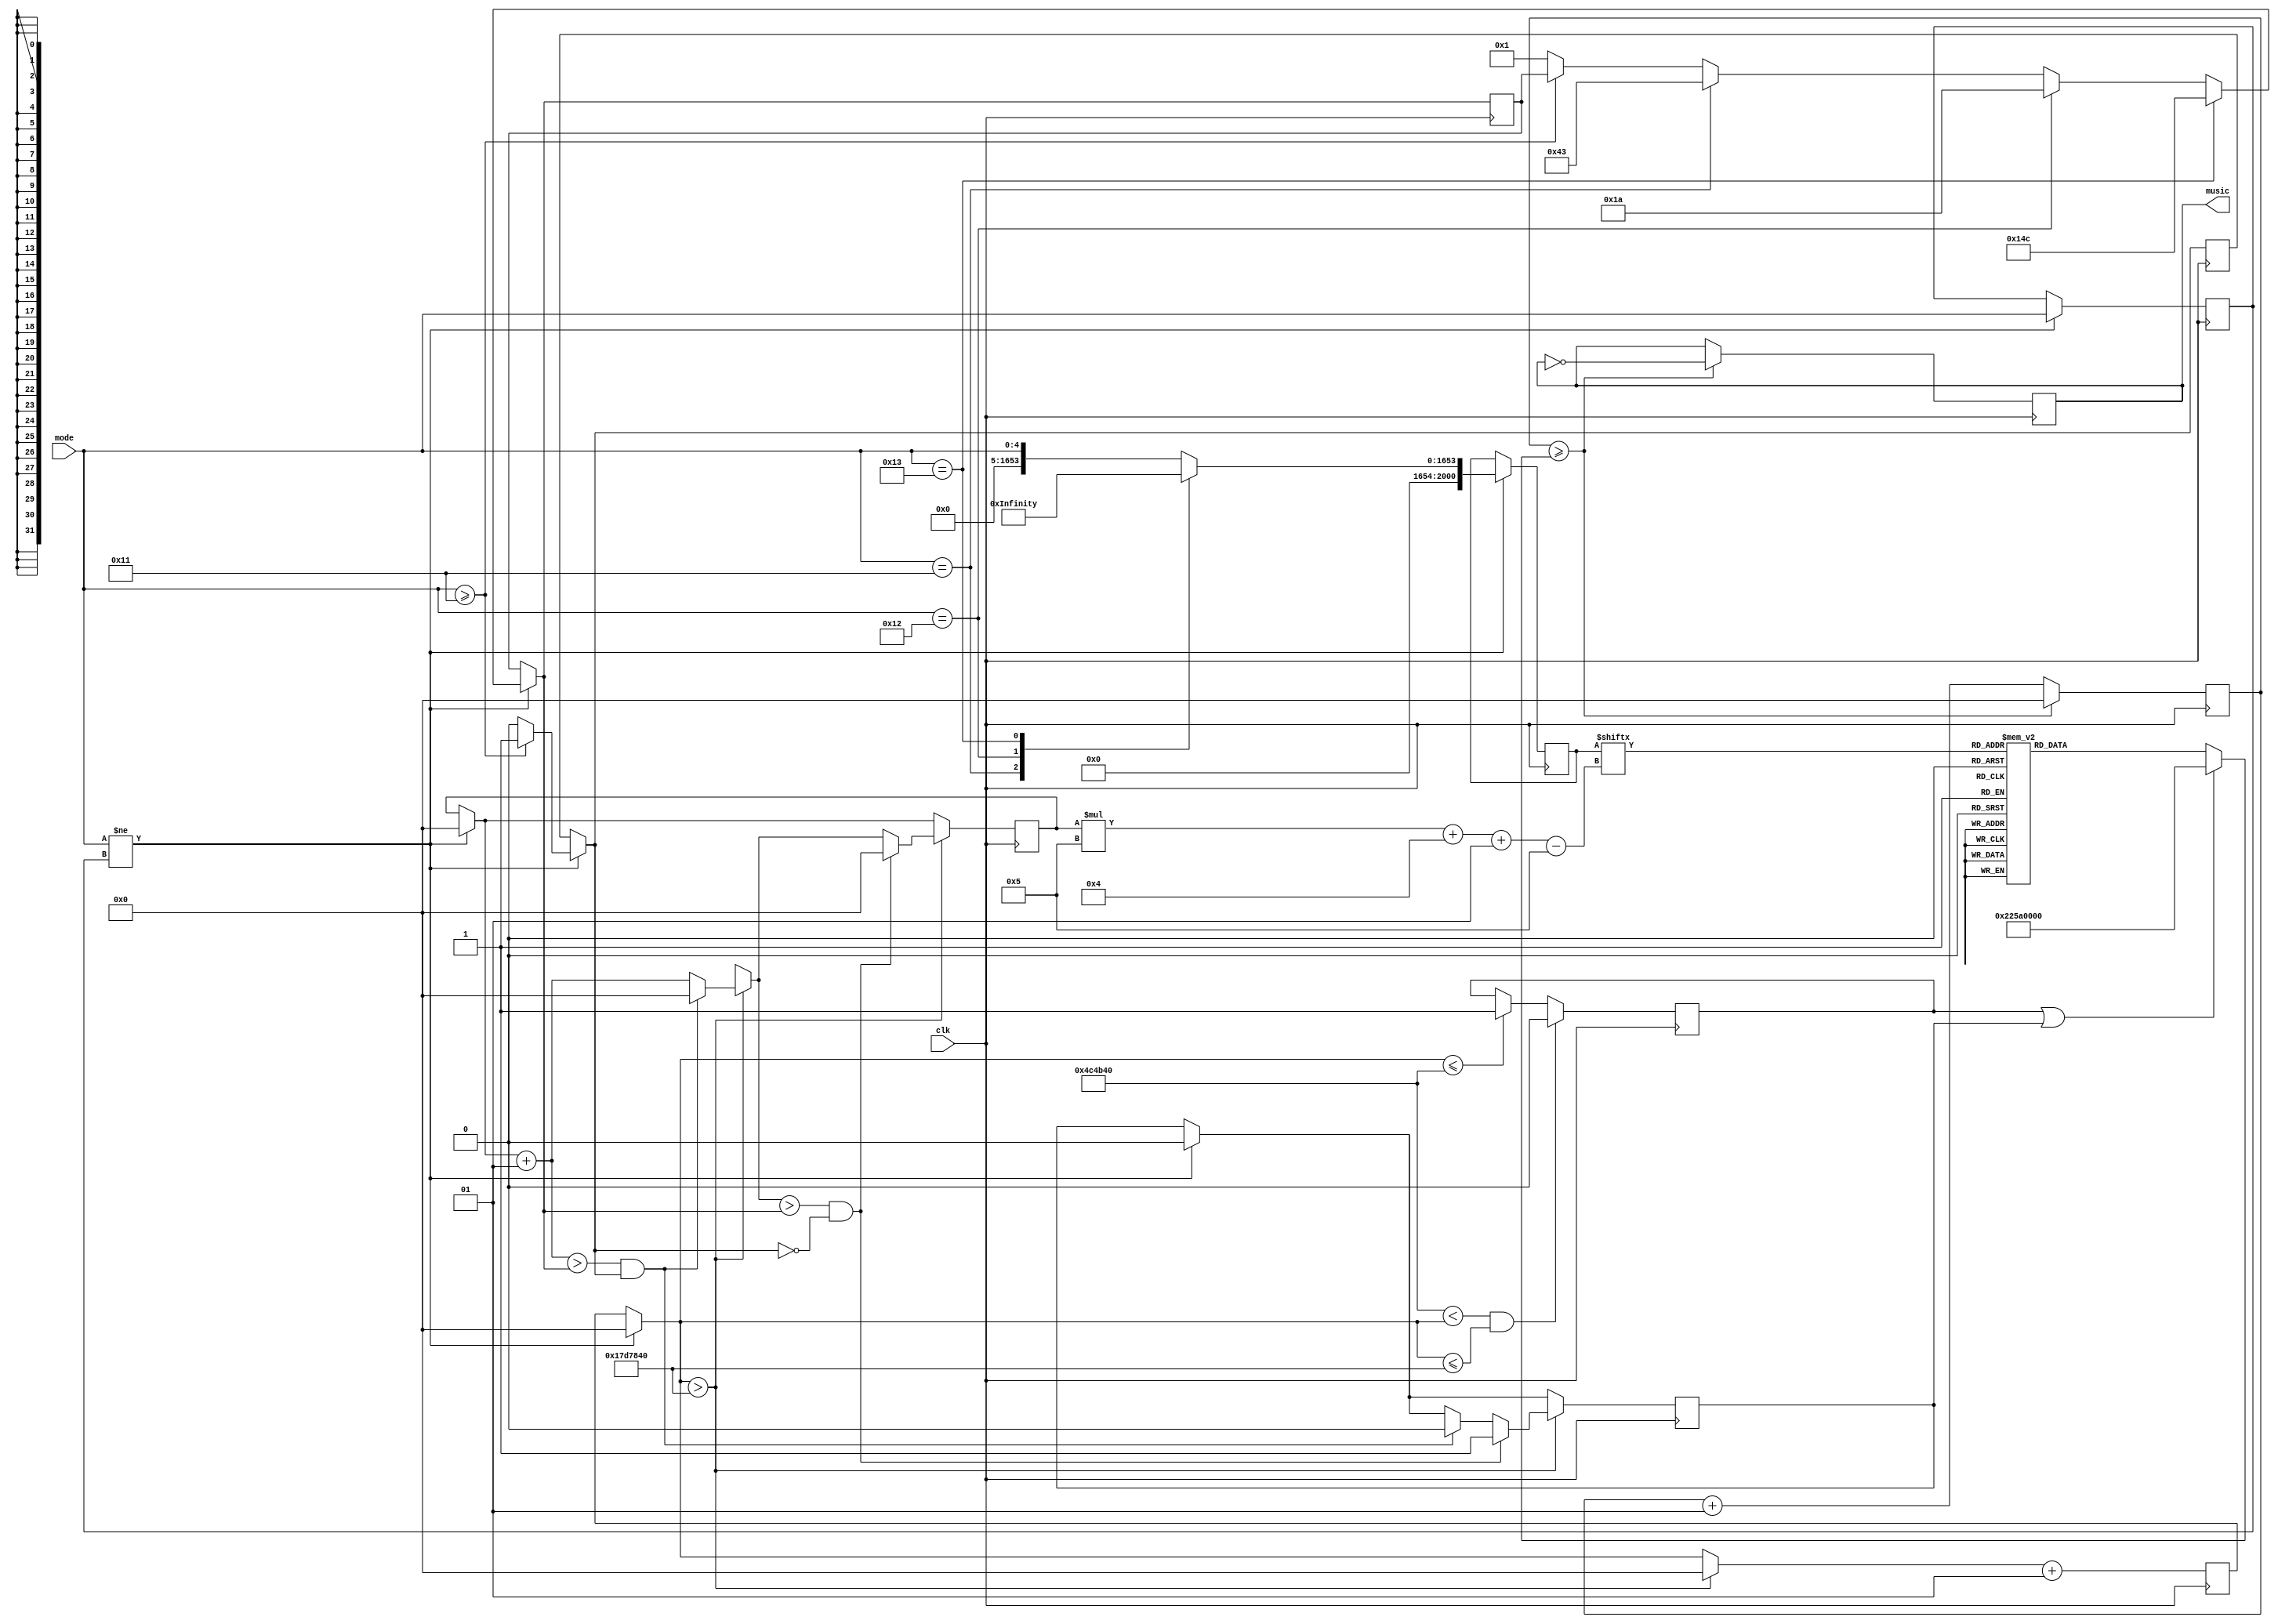
`timescale 1ns / 1ps
//////////////////////////////////////////////////////////////////////////////////
// Company: 
// Engineer: 
// 
// Design Name: 
// Module Name: Music
// Project Name: 
// Target Devices: 
// Tool Versions: 
// Description: 
// 
// Dependencies: 
// 
// Revision:
// Revision 0.01 - File Created
// Additional Comments:
// 
//////////////////////////////////////////////////////////////////////////////////


module Music(input clk, input wire[4:0] mode, output reg[0:0] music = 0);

parameter do_low = 191110;
parameter re_low = 170259;
parameter me_low = 151685;
parameter fa_low = 143172;
parameter so_low = 127554;
parameter la_low = 113636;
parameter si_low = 101239;

parameter do = 93941;
parameter re = 85136;
parameter me = 75838;
parameter fa = 71582;
parameter so = 63776;
parameter la = 56818;
parameter si = 50618;

parameter do_high = 47778;
parameter re_high = 42567;
parameter me_high = 37921;
parameter fa_high = 36498;
parameter so_high = 31888;
parameter la_high = 28409;
parameter si_high = 25309;

parameter beat = 40 * 500000;
parameter gap =  10 * 500000;
parameter index_period = beat + gap;

parameter silence = beat<<9;

/*
0 - silence
1 - 7 low
8 - 14 meidum
15 - 21 high
*/
parameter JiangNan = 1660'b0000001111000001000000000100001000110010000000000000000100000000001111100011001010011100011001010001100100111100000000000000010011100110111101111000001010010100011010110001110011100000000000000000111000000100000111110000100011000001111011100111110000100011000100000000000000010000000000111110001100101001110010100011000110001100000111100000000000000010000000000111110001100101001110001100101000110010011110000000000100111001101111011110000000000101001010001101011000111000000000000000001110000001000001111000001000010001100000111101110011111000010001100010000000000000001000000000011111000110010100111001010001100011000110000011110000000000000001001110011100110000010100000000111101111100110110101111000000111101111100110111101111000000111101111100000111110001100010000010001100001000110001100011000110001100011000110001000001000110001100011000110001100010000000000000000110101100011100111110000011110111001110011100000000000000000110101111100010000010011011110111001101000000000000000011010111101101000000110001110011110111001110011100000000000000000110101111000001000110011011110111001101000000000000000011010000001100011100111110000011110111001110011100000000000000000110101111000001000110011011110111001101011010000000000000000110101100000000111001111011100111001110000000000000000011010111100000100011001101111011100110100000000001000110001100000111101110011010101000110011100111101111011100110101100010010010100000100010000001101011000101101000011010111110001100110111101110011010101000110100011000010001011110111001101010100011001110011110111101110011010110001001001010000010001000000110101100010110100001101011111000110011011110111001101010100011000000;
parameter HappyBirthday = 130'b0111110000011111000110010000000000001101011100111110001100110110001111011111000001100011010110001110011100111101100011010010100101;
parameter MerryChristmas = 335'b01111011110111101110100000110101100011001001101111100001000110000000000110001100011010111001111011100000001110011110111101111011000000001111011110111010000011010110001100000000110101111100001000110010100011000100000011000110000000011000111001111100001000110000100000000001101000000000001101011010111001111100000111101111000000110001100;

parameter JN_length = 332;
parameter HB_length = 26;
parameter MC_length = 67;

reg[29:0] freq =  beat;

reg[2000:0] melody = 0;
integer melody_length = 0;

integer frequency_count = 0;      // count1 control frequency
integer index_count = 0;      // count2 control beat;

integer index = 0;       // index control the location music playing

reg [0:0] isSilence = 0; 
reg [0:0] isEnd = 0;
reg [0:0] isPeriodic = 0;

reg[4:0] last_mode = 0;


always @(posedge clk) begin
    
    if(mode != last_mode) begin
        last_mode = mode;
        isEnd = 0;
        index = 0;
        index_count = 0;
        
        if(mode >= 17) isPeriodic = 1;
        else begin isPeriodic = 0; melody_length = 1; end
        
        if(mode == 17) melody_length = MC_length;
        if(mode == 18) melody_length = HB_length;
        if(mode == 19) melody_length = JN_length;
       
        case(mode)
            17: melody = MerryChristmas;
            18: melody = HappyBirthday;
            19: melody = JiangNan;
            default : melody = mode;
        endcase
       
    end


    if(frequency_count >= freq) begin
        frequency_count = 0;
        music = ~music;
    end
    else frequency_count = frequency_count + 1;
    
    if(index_count <= gap) begin
        isSilence = 1;
    end
    
    if(gap < index_count && index_count <= index_period) begin
        isSilence = 0;
    end
    
    if(index_count > index_period) begin
        index_count = 0;
        index = index + 1;
        if(index > melody_length && isPeriodic) begin
            isEnd = 0;
            index = 0;
        end
        if(index > melody_length && !isPeriodic) begin
            index = 0;
            isEnd = 1;
        end
    end
    
    index_count = index_count + 1;
    
end



always @ * begin

if(isSilence || isEnd)
freq = silence;
else
case(melody[index * 5 +4 -:5])
5'd0 : freq = silence;
5'd1 : freq = do_low;
5'd2 : freq = re_low;
5'd3 : freq = me_low;
5'd4 : freq = fa_low;
5'd5 : freq = so_low;
5'd6 : freq = la_low;
5'd7 : freq = si_low;
5'd8 : freq = do;
5'd9 : freq = re;
5'd10 : freq = me;
5'd11: freq = fa;
5'd12 : freq = so;
5'd13 : freq = la;
5'd14 : freq = si;
5'd15 : freq = do_high;
5'd16 : freq = re_high;
5'd17 : freq = me_high;
5'd18 : freq = fa_high;
5'd19 : freq = so_high;
5'd20 : freq = la_high;
5'd21 : freq = si_high;
default : freq = silence;
endcase
end


endmodule